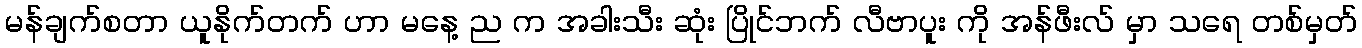
မန်ချက်စတာ ယူနိုက်တက် ဟာ မနေ့ ည က အခါးသီး ဆုံး ပြိုင်ဘက် လီဗာပူး ကို အန်ဖီးလ် မှာ သရေ တစ်မှတ်